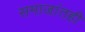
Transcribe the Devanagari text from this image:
समाजांतही